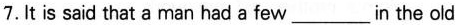
7. It is said that a man had a few___in the old